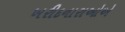
ખરીદનારાઓએ